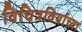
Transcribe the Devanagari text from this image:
विचित्रविर्याच्या